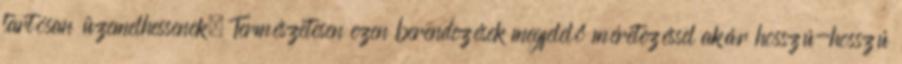
tartósan üzemelhessenek. Természetesen ezen berendezések megfelelő méretezéssel akár hosszú-hosszú